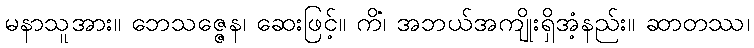
မနာသူအား။ ဘေသဇ္ဇေန၊ ဆေးဖြင့်။ ကိံ၊ အဘယ်အကျိုးရှိအံ့နည်း။ ဆာတဿ၊